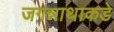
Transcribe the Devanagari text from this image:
जगन्नाथाकडे